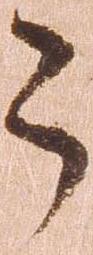
々